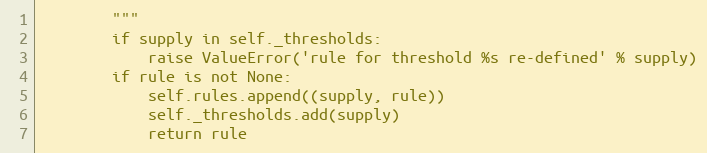
Language: Python
        """
        if supply in self._thresholds:
            raise ValueError('rule for threshold %s re-defined' % supply)
        if rule is not None:
            self.rules.append((supply, rule))
            self._thresholds.add(supply)
            return rule